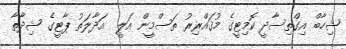
ޝިހާބް އިގްތިސާދީ ކޮމިޓީގެ މުޤައްރިރު ތަސްމީން އަލީ  އަދާލަތު ޕާޓީގެ ޝިދާތާ